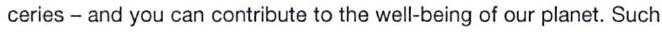
 ceries - and you can contribute to the well-being of our planet. Such